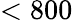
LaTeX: <800